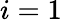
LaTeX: i=1